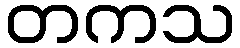
တကသ